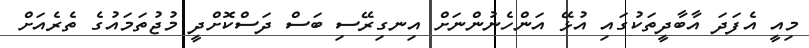
މިއީ އެފަދަ އާބާދީތަކުގައި އުޅޭ އަންހެނުންނަށް އިނގިރޭސި ބަސް ދަސްކޮށްދީ މުޖުތަމައުގެ ތެރެއަށް